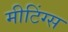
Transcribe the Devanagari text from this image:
मीटिंग्स